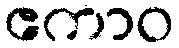
ဧကာဝ